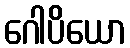
ဂေါပိယော